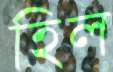
হিল